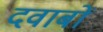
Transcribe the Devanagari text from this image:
दवाबों